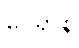
ဝေရာနိ